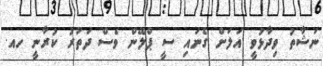
ނަޝާތު ވިދާޅުވީ އަލަށް ގެނައި ސީ ޕްލޭން ވެސް ދަތުރު ކުރާނީ ހއ.